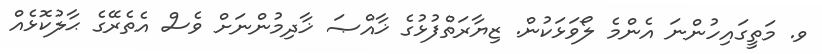
ވ. މަތީގައިހުންނަ އެންމެ ލޯވަޅަކުން. ޒިޔާރަތްފުޅުގެ ޚާއްޞަ ޚާދިމުންނަށް ވެސް އެތެރޭގެ ޙާލުކޮޅެއް